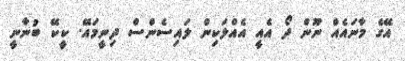
އޭގެ މާނައެއް ނޫން ދޯ އެއީ އެއްލަކިން ލައިސެންސް ދިނީމައޭ. ކީކޭ ބުނާނީ